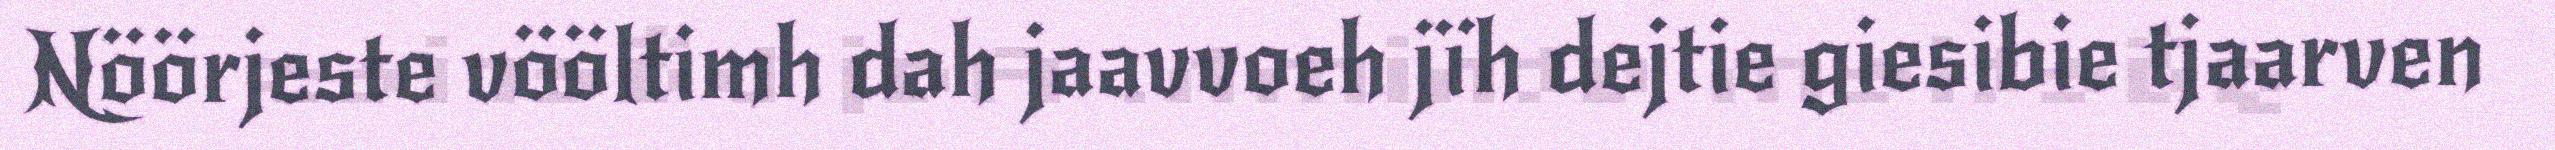
Nöörjeste vööltimh dah jaavvoeh jïh dejtie giesibie tjaarven